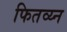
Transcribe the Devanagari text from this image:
फितव्य्न